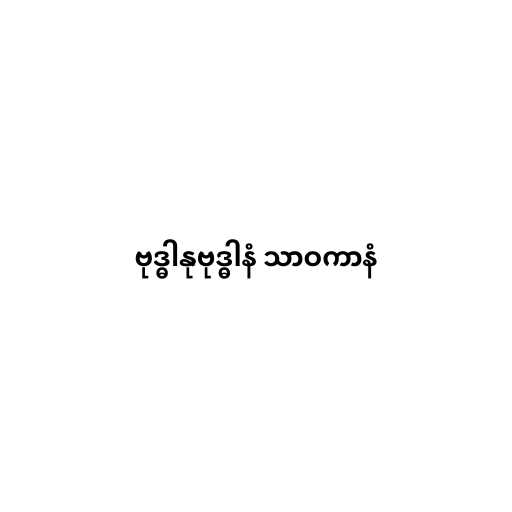
ဗုဒ္ဓါနုဗုဒ္ဓါနံ သာဝကာနံ